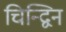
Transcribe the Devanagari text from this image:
चिन्द्विन